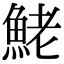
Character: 鮱